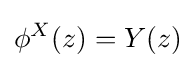
\phi ^{X}(z)=Y(z)